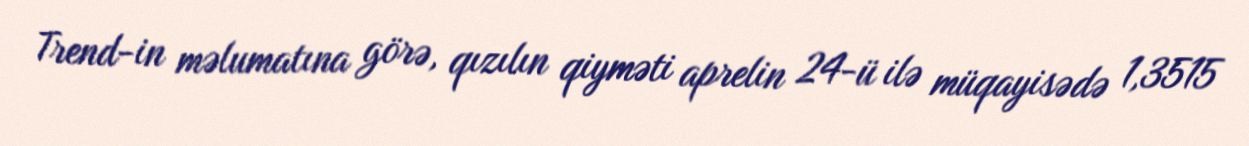
Trend-in məlumatına görə, qızılın qiyməti aprelin 24-ü ilə müqayisədə 1,3515